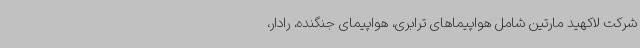
شرکت لاکهید مارتین شامل هواپیماهای ترابری، هواپیمای جنگنده، رادار،